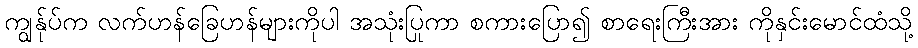
ကျွန်ုပ်က လက်ဟန်ခြေဟန်များကိုပါ အသုံးပြုကာ စကားပြော၍ စာရေးကြီးအား ကိုနှင်းမောင်ထံသို့